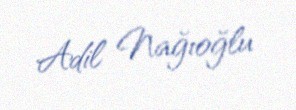
Adil Nağıoğlu